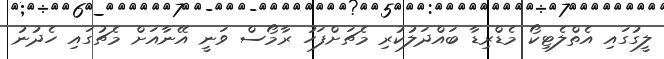
ލީގުގައި އެތްލެޓިކޯ މެޑްރިޑާ ބައްދަލުކުރި މެޗަށްފަހު ރާމޯސް ވަނީ އޭނާއަށް މެޗުގައި ހެދުނު